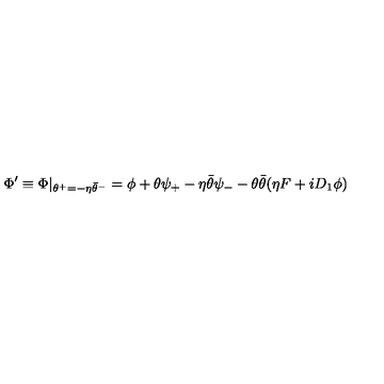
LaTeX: \Phi ^ { \prime } \equiv \Phi | _ { \theta ^ { + } = - \eta \bar { \theta } ^ { - } } = \phi + \theta \psi _ { + } - \eta \bar { \theta } \psi _ { - } - \theta \bar { \theta } ( \eta F + i D _ { 1 } \phi )